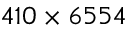
4 1 0 \times 6 5 5 4